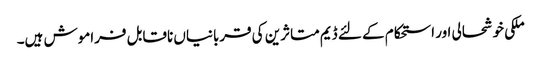
ملکی خوشحالی اور استحکام کے لئے ڈیم متاثرین کی قربانیاں ناقابل فراموش ہیں۔